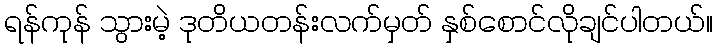
ရန်ကုန် သွားမဲ့ ဒုတိယတန်းလက်မှတ် နှစ်စောင်လိုချင်ပါတယ်။